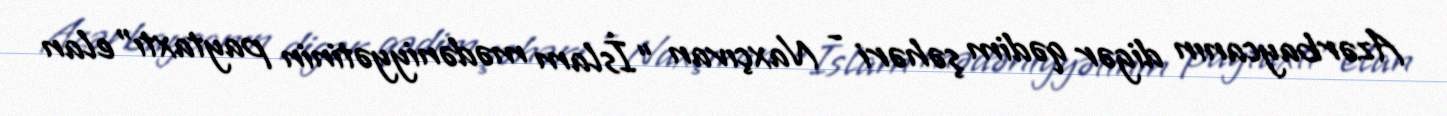
Azərbaycanın digər qədim şəhəri - Naxçıvan “İslam mədəniyyətinin paytaxtı” elan